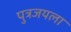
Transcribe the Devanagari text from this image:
पुत्रजयला